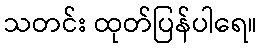
သတင်း ထုတ်ပြန်ပါရေ။